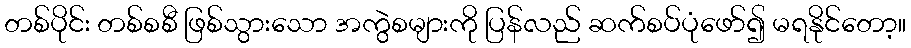
တစ်ပိုင်း တစ်စစီ ဖြစ်သွားသော အကွဲစများကို ပြန်လည် ဆက်စပ်ပုံဖော်၍ မရနိုင်တော့။